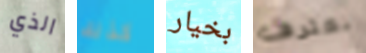
الذي كذلك بخيار نعترف